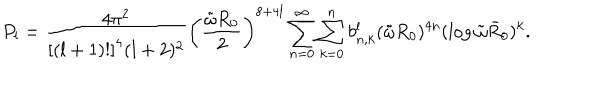
LaTeX: P _ { l } = { \frac { 4 \pi ^ { 2 } } { \left[ ( l + 1 ) ! \right] ^ { 4 } ( l + 2 ) ^ { 2 } } } \left( { \frac { \tilde { \omega } R _ { 0 } } { 2 } } \right) ^ { 8 + 4 l } \sum _ { n = 0 } ^ { \infty } \sum _ { k = 0 } ^ { n } b _ { n , k } ^ { l } ( \tilde { \omega } R _ { 0 } ) ^ { 4 n } ( \log \tilde { \omega } \bar { R } _ { 0 } ) ^ { k } .